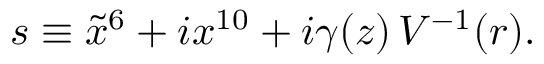
s \equiv \tilde { x } ^ { 6 } + i x ^ { 1 0 } + i \gamma ( z ) \, V ^ { - 1 } ( r ) .